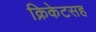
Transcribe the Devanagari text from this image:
क्रिकेटसह